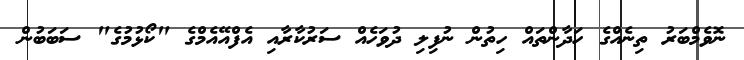
ނޮވެމްބަރު ތިނެއްގެ ހަދާންތައް ހިތުން ނުފިލި ދުވަހެއް ސަރުކާރާއި އެފްއޭއެމްގެ "ކޯޅުމުގެ" ސަބަބުން